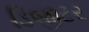
ડિજીટર